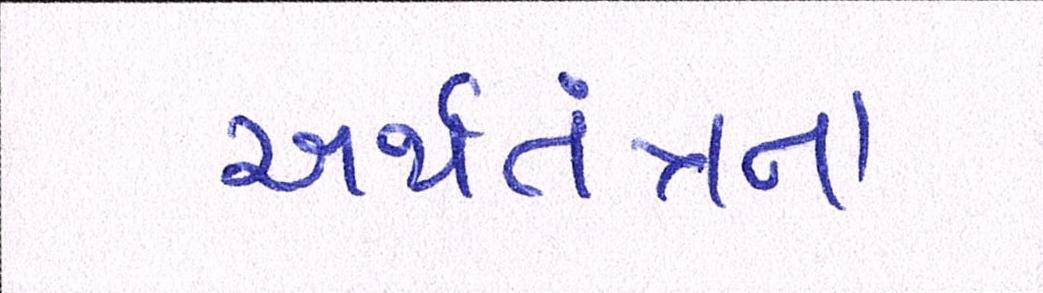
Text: અર્થતંત્રના